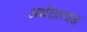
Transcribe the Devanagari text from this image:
अर्थसास्त्रज्ञ